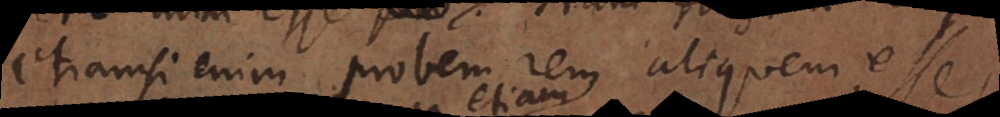
etiamsi enim probem rem aliquam esse,